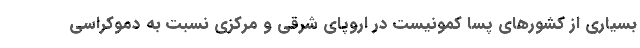
بسیاری از کشورهای پسا کمونیست در اروپای شرقی و مرکزی نسبت به دموکراسی